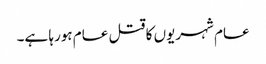
عام شہریوں کا قتل عام ہورہا ہے۔